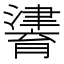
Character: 𤀷